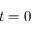
t = 0